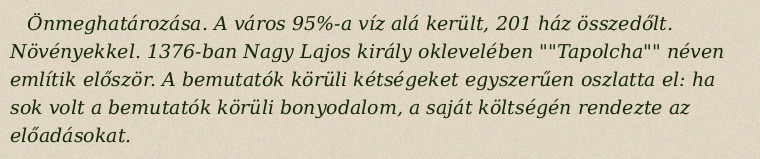
Önmeghatározása. A város 95%-a víz alá került, 201 ház összedőlt. Növényekkel. 1376-ban Nagy Lajos király oklevelében ""Tapolcha"" néven említik először. A bemutatók körüli kétségeket egyszerűen oszlatta el: ha sok volt a bemutatók körüli bonyodalom, a saját költségén rendezte az előadásokat.